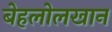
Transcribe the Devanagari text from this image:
बेहलोलखान